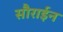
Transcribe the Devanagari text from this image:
सौराईन